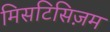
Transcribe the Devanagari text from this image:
मिसटिसिज़म